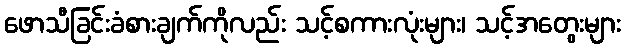
ဖောသီခြင်းခံစားချက်ကိုလည်း သင့်စကားလုံးများ၊ သင့်အတွေးများ